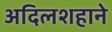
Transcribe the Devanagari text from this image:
अदिलशहाने